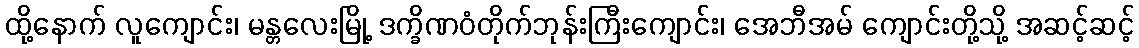
ထို့နောက် လူကျောင်း၊ မန္တလေးမြို့ ဒက္ခိဏဝံတိုက်ဘုန်းကြီးကျောင်း၊ အေဘီအမ် ကျောင်းတို့သို့ အဆင့်ဆင့်